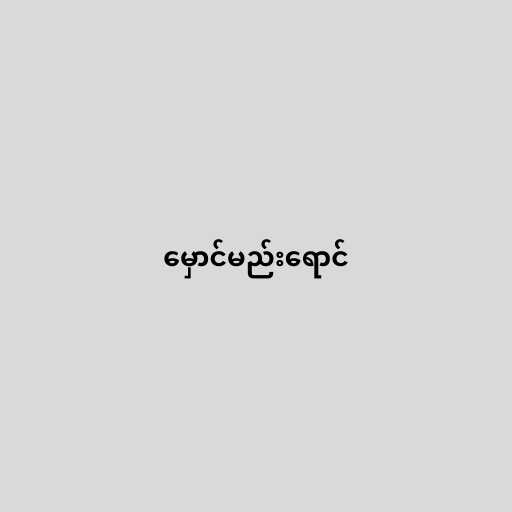
မှောင်မည်းရောင်